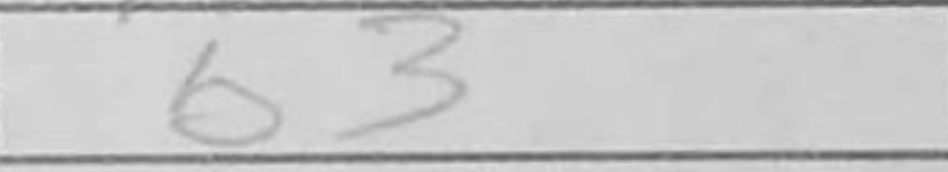
Transcription: b3